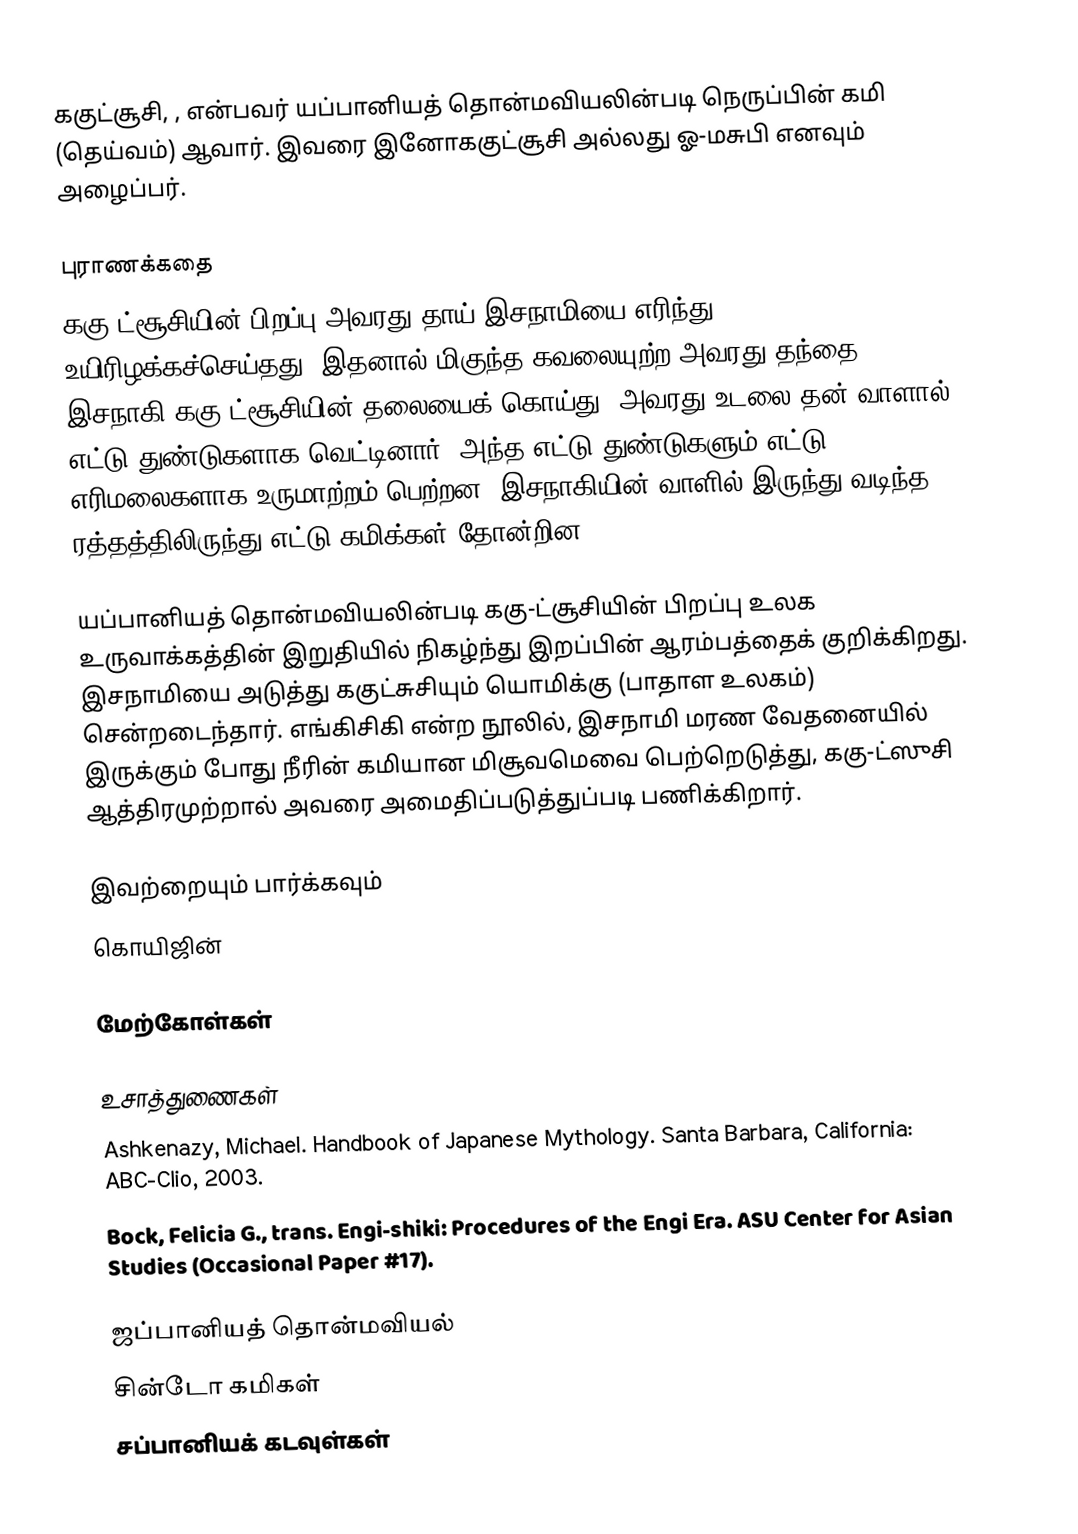
ககுட்சூசி, , என்பவர் யப்பானியத் தொன்மவியலின்படி நெருப்பின் கமி (தெய்வம்) ஆவார். இவரை இனோககுட்சூசி அல்லது ஓ-மசுபி எனவும் அழைப்பர்.

புராணக்கதை
ககு-ட்சூசியின் பிறப்பு அவரது தாய் இசநாமியை எரிந்து உயிரிழக்கச்செய்தது. இதனால் மிகுந்த கவலையுற்ற அவரது தந்தை இசநாகி ககு-ட்சூசியின் தலையைக் கொய்து, அவரது உடலை தன் வாளால் எட்டு துண்டுகளாக வெட்டினார். அந்த எட்டு துண்டுகளும் எட்டு எரிமலைகளாக உருமாற்றம் பெற்றன. இசநாகியின் வாளில் இருந்து வடிந்த ரத்தத்திலிருந்து எட்டு கமிக்கள் தோன்றின.

யப்பானியத் தொன்மவியலின்படி ககு-ட்சூசியின் பிறப்பு உலக உருவாக்கத்தின் இறுதியில் நிகழ்ந்து இறப்பின் ஆரம்பத்தைக் குறிக்கிறது. இசநாமியை அடுத்து ககுட்சுசியும் யொமிக்கு (பாதாள உலகம்) சென்றடைந்தார். எங்கிசிகி என்ற நூலில், இசநாமி மரண வேதனையில் இருக்கும் போது நீரின் கமியான மிசூவமெவை பெற்றெடுத்து, ககு-ட்ஸுசி ஆத்திரமுற்றால் அவரை அமைதிப்படுத்துப்படி பணிக்கிறார்.

இவற்றையும் பார்க்கவும்
கொயிஜின்

மேற்கோள்கள்

உசாத்துணைகள்
Ashkenazy, Michael. Handbook of Japanese Mythology. Santa Barbara, California: ABC-Clio, 2003.
Bock, Felicia G., trans.  Engi-shiki: Procedures of the Engi Era.  ASU Center for Asian Studies (Occasional Paper #17).

ஜப்பானியத் தொன்மவியல்
சின்டோ கமிகள்
சப்பானியக் கடவுள்கள்